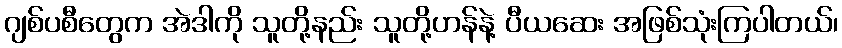
ဂျစ်ပစီတွေက အဲဒါကို သူတို့နည်း သူတို့ဟန်နဲ့ ပီယဆေး အဖြစ်သုံးကြပါတယ်၊